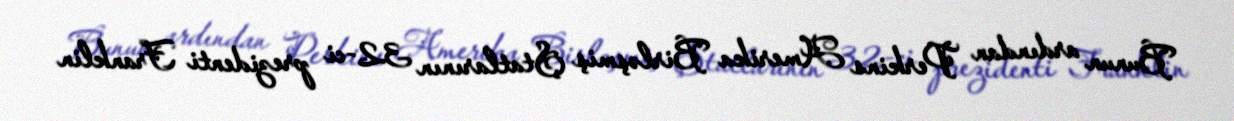
Bunun ardından Perkins Amerika Birləşmiş Ştatlarının 32-ci prezidenti Franklin